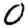
Digit: 0